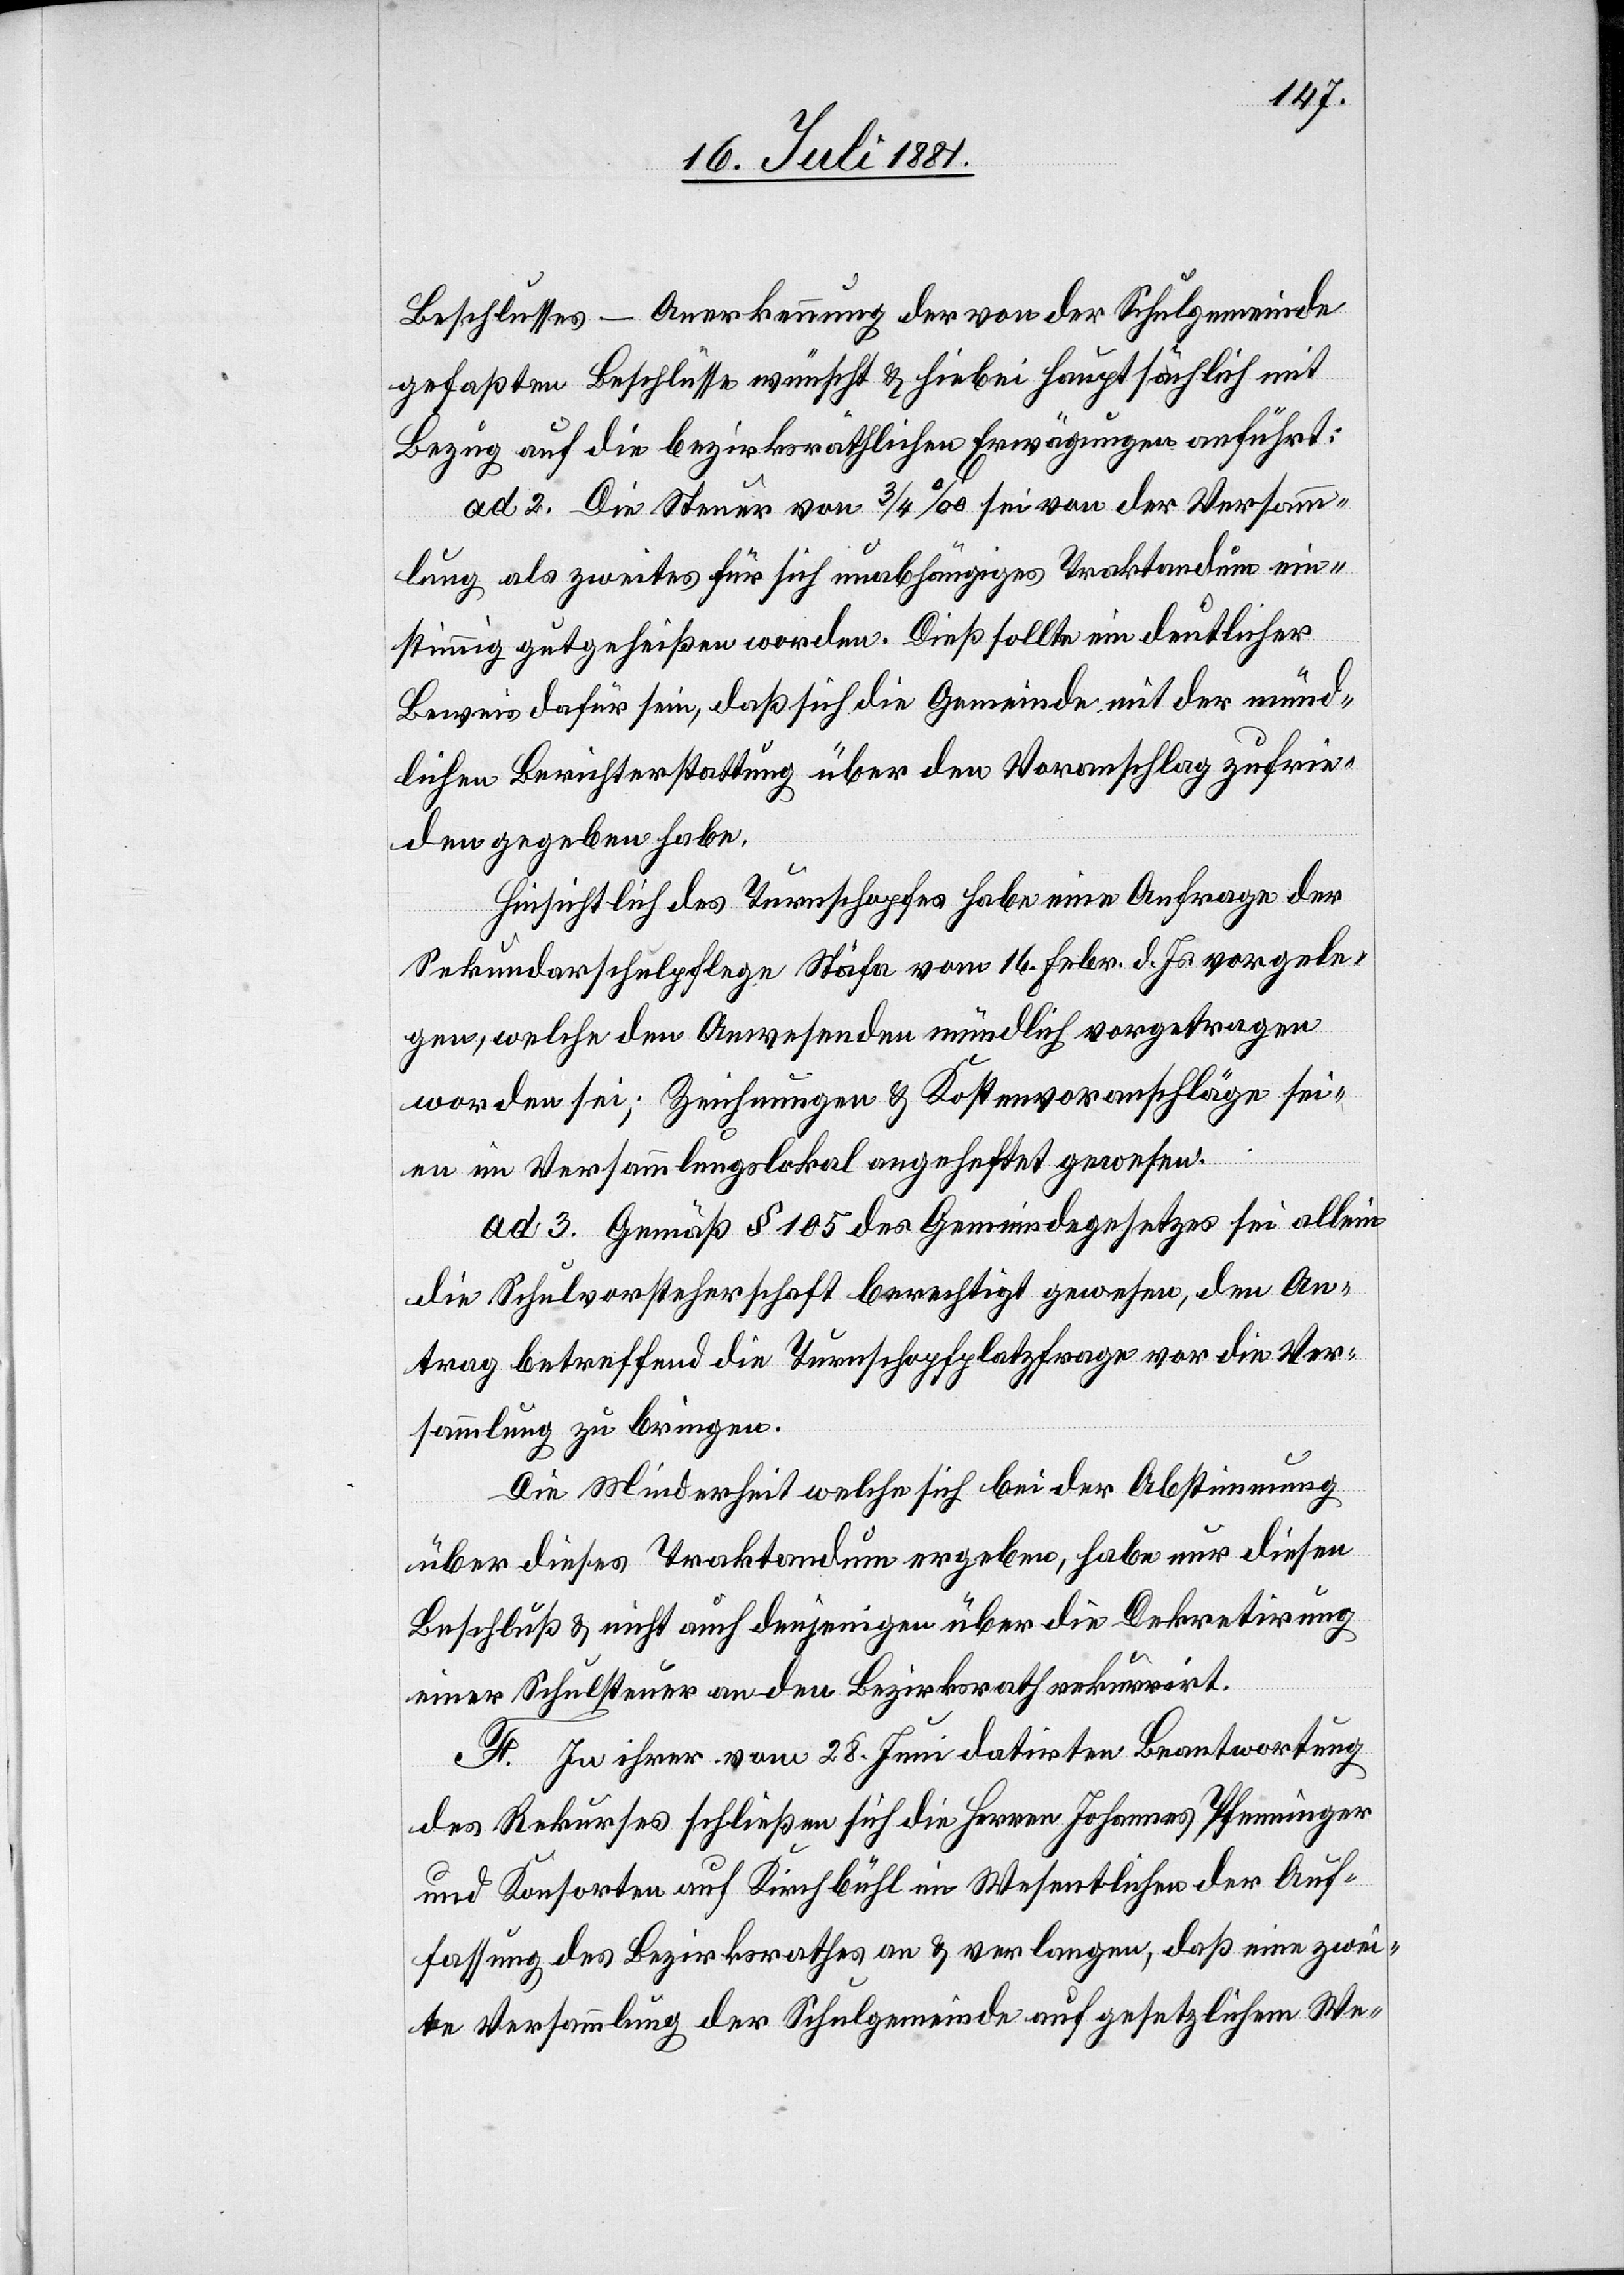
Beschlusses – Anerkennung der von der Schulgemeinde
gefaßten Beschlüsse wünscht & hiebei hauptsächlich mit
Bezug auf die bezirksräthlichen Erwägungen anführt:
ad 2. Die Steuer von 3/4‰ sei von der Versamm¬
lung als zweites für sich unabhängiges Traktandum ein¬
stimmig gutgeheißen worden. Dieß sollte ein deutlicher
Beweis dafür sein, daß sich die Gemeinde mit der münd¬
lichen Berichterstattung über den Voranschlag zufrie¬
den gegeben habe.
Hinsichtlich des Turnschopfes habe eine Anfrage der
Sekundarschulpflege Stäfa vom 16. Febr. d. Js. vorgele¬
gen, welche den Anwesenden mündlich vorgetragen
worden sei; Zeichnungen & Kostenvoranschläge sei¬
en im Versammlungslokal ausgeheftet gewesen.
ad 3. Gemäß § 105 des Gemeindegesetzes sei allein
die Schulvorsteherschaft berechtigt gewesen, den An¬
trag betreffend der Turnschopfplatzfrage vor die Ver¬
sammlung zu bringen.
Die Minderheit welche sich bei der Abstimmung
über dieses Traktandum ergeben, habe nur diesen
Beschluß & nicht auch denjenigen über die Dekretirung
einer Schulsteuer an den Bezirksrath rekurrirt.
F. In ihrer vom 28. Juni datirten Beantwortung
des Rekurses schließen sich die Herren Johannes Pfenninger
und Konsorten aus Kirchbühl im Wesentlichen der Auf¬
fassung des Bezirksrathes an & verlangen, daß eine zwei¬
te Versammlung der Schulgemeinde auf gesetzlichem We-